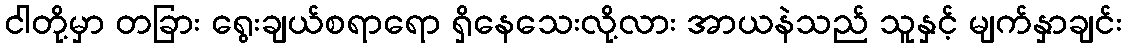
ငါတို့မှာ တခြား ရွေးချယ်စရာရော ရှိနေသေးလို့လား အာယနဲသည် သူနှင့် မျက်နှာချင်း